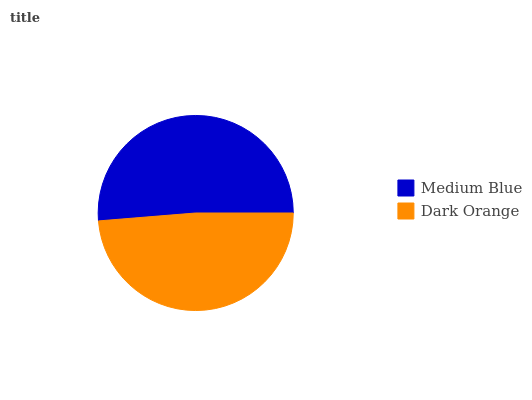
| Medium Blue | Dark Orange |
 | --- | --- |
 | 51.3% | 48.7% |